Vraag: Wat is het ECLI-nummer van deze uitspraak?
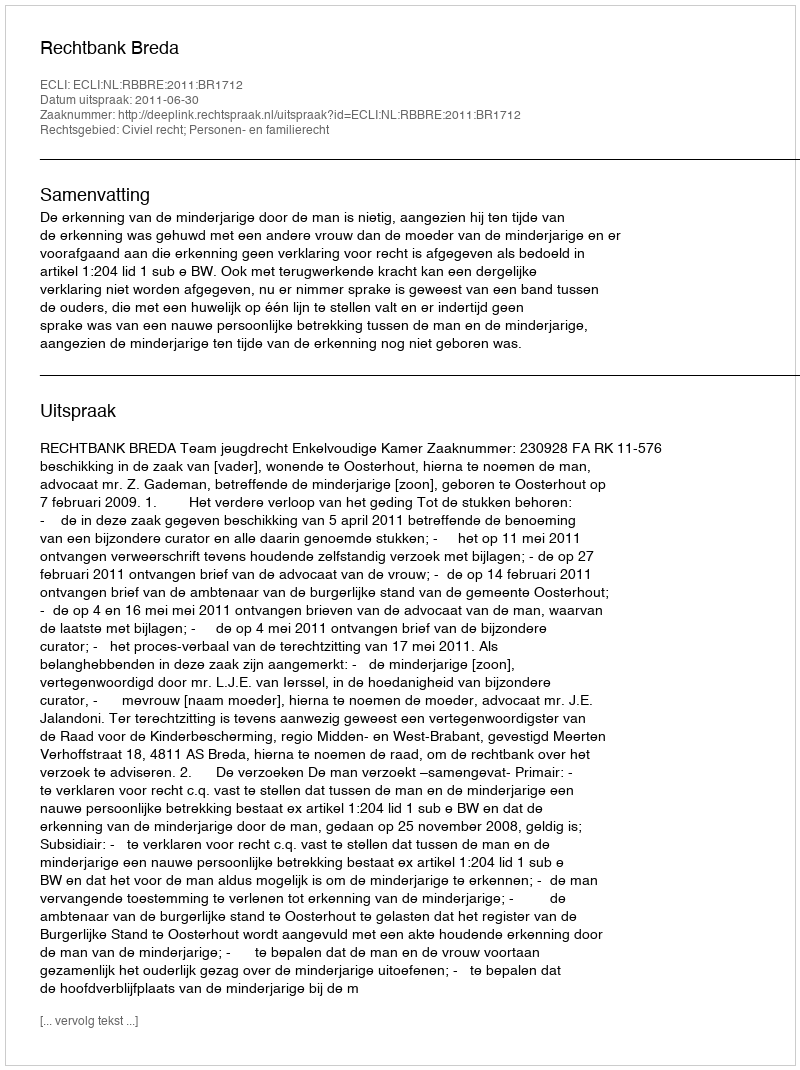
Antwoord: ECLI:NL:RBBRE:2011:BR1712